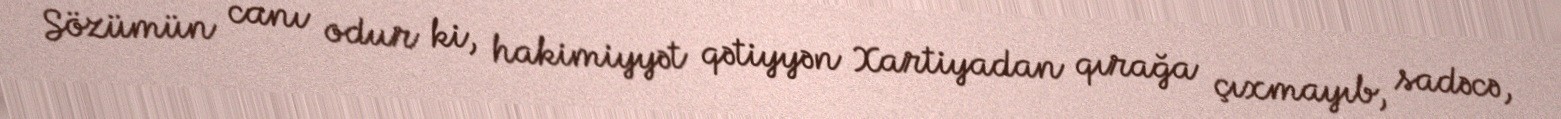
Sözümün canı odur ki, hakimiyyət qətiyyən Xartiyadan qırağa çıxmayıb, sadəcə,